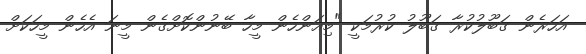
އަހަރެން ގަބޫލުކުރާ ގަބޫލު ކުރުމަކީ "މިއަންހެން މީހާ ބޭނުންކޮށްގެން މީނަ އެހެން މީހަކަށް